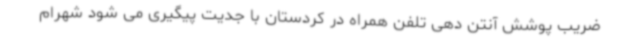
ضریب پوشش آنتن دهی تلفن همراه در کردستان با جدیت پیگیری می شود شهرام